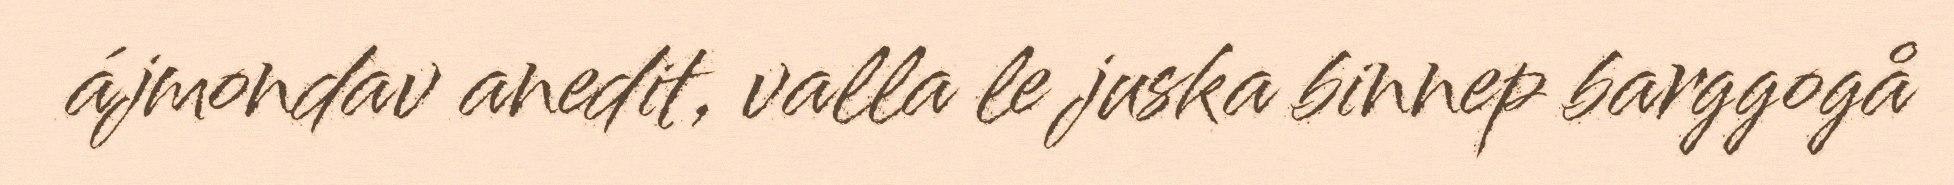
ájmondav anedit, valla le juska binnep barggogå